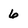
Character: 6